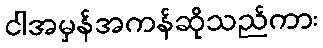
ငါအမှန်အကန်ဆိုသည်ကား